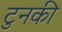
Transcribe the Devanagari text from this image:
टुनकी